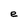
Character: e